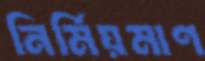
নির্মিয়মাণ